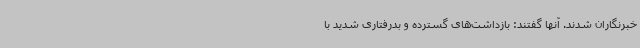
خبرنگاران شدند. آنها گفتند: بازداشت‌های گسترده و بدرفتاری شدید با